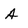
Character: A